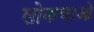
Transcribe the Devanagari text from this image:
लोकचाओ